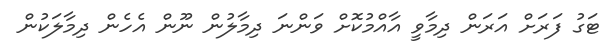
ޓަގު ފަރަށް އަރަން ދިމާވީ އާއްމުކޮށް ވަންނަ ދިމާލުން ނޫން އެހެން ދިމާލަަކުން